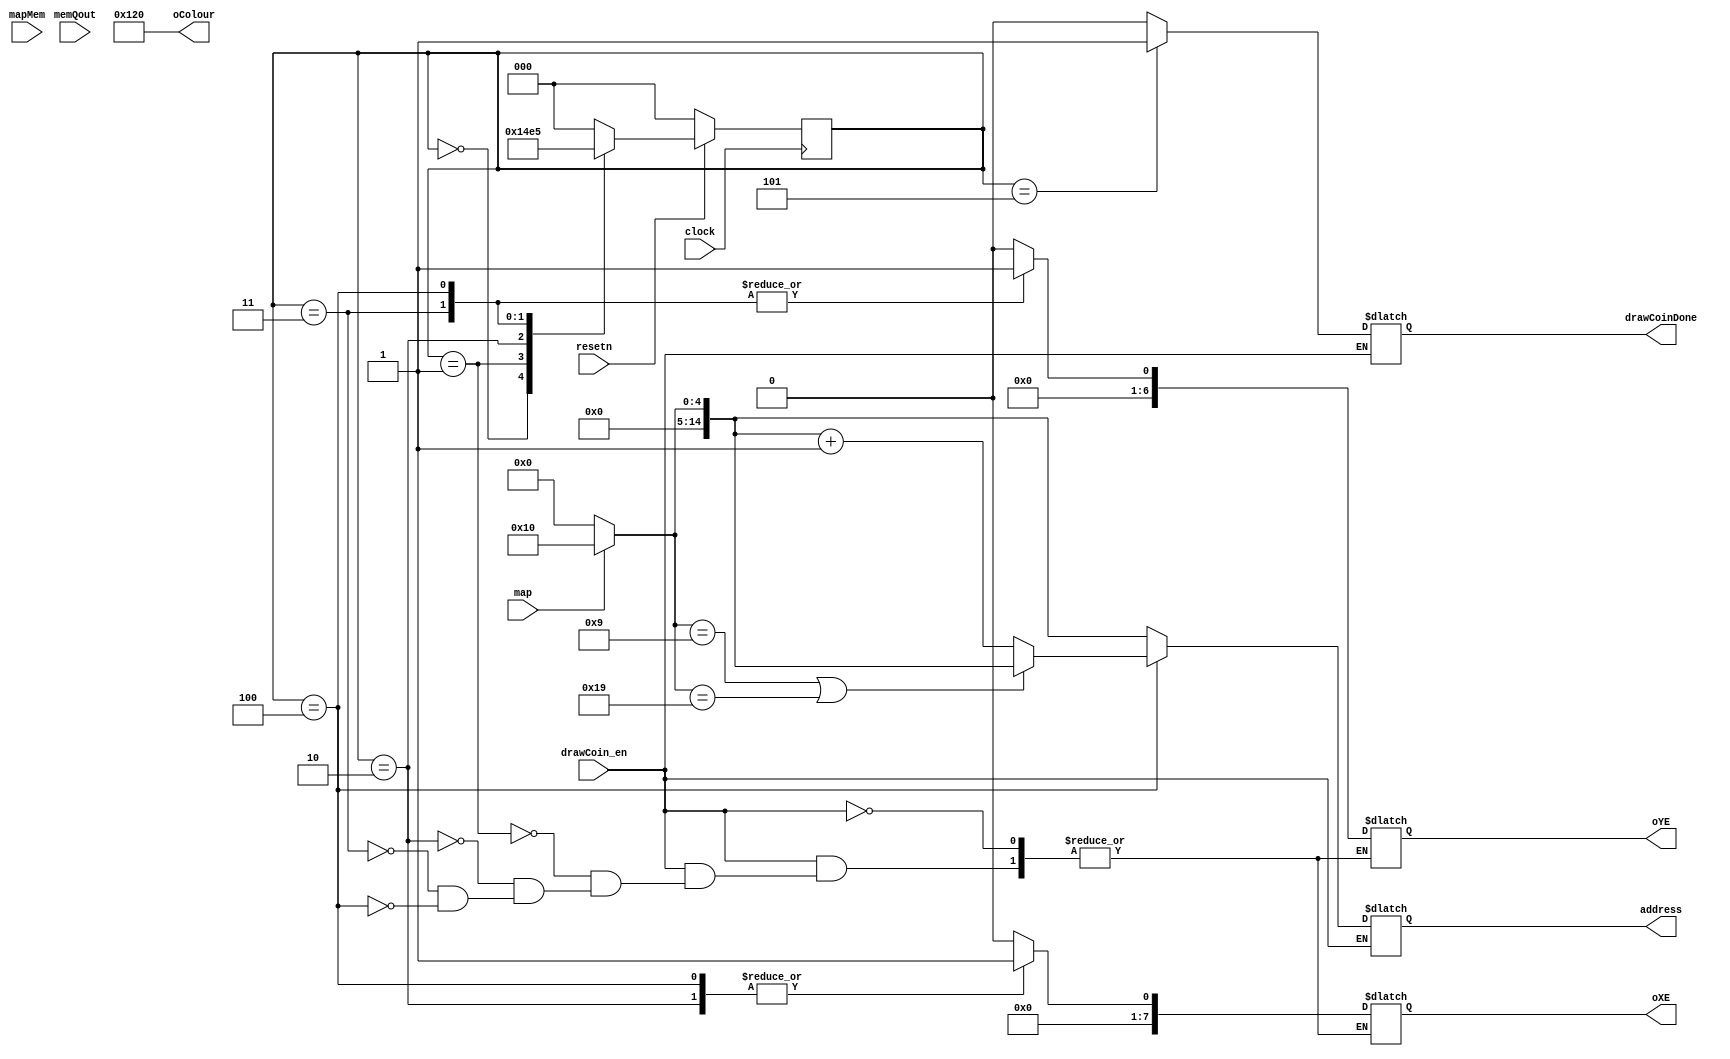
module drawCoins(
  input clock,
  input resetn,
  input drawCoin_en, //active positive, from pointcounter
  input [31:0] mapMem,//x,y color
  input [15:0] memQout, //from pointcounter, {exist, x, y}
  input map,//MAP1 or MAP2
  output reg [14:0] address,
  output reg drawCoinDone,
  output reg [7:0] oXE,
  output reg [6:0] oYE,
  output reg [8:0] oColour);

  reg [7:0] X;
  reg [6:0] Y;


  reg [2:0] current_state, next_state;
  localparam step1 = 3'b0,
            step2 = 3'd1,
            step3 = 3'd2,
            step4 = 3'd3,
            step5 = 3'd4,
            step6 = 3'd5;
            
  
  always@(*)
  begin: state_table
    case (current_state)
      step1: next_state = step2;
      step2: next_state = step3;
      step3: next_state = step4;
      step4: next_state = step5;
      step5: next_state = step6;
      step6: next_state = step1;

      default next_state = step1;
    endcase
  end


  always @(*)
  begin: do_stuff
        X = {8{1'b0}};
        Y = {7{1'b0}};
        oColour = 9'b100100000;
    if(drawCoin_en) begin
        if(!map)
          address = 5'b0;
        else address = 5'd16; //MAP2's coints
        drawCoinDone = 1'b0;
    case (current_state)
      step1: begin
        X = memQout[14:7];
        Y = memQout[6:0];
        address = address;
      end
      step2: begin
        oXE = X;
        oYE = Y;
        address = address;
      end
      step3: begin
        oXE = X+1;
        oYE = Y;
        address = address;

      end
      step4: begin
        oXE = X;
        oYE = Y+1;
        address = address;

      end
      step5: begin
        oXE = X+1;
        oYE = Y+1;
        if((address == 5'd9 )|(address == 5'd25))begin
      
          if(!map)
            address = 5'b0;
          else address = 5'd16; //MAP2's coints
        end
        else
          address = address+1'b1;
      end
      step6: drawCoinDone = 1'b1;
        
    endcase
    end
  end

  always@(posedge clock)
    begin: state_FFs
        if(!resetn)
            current_state <= step1;
        else
            current_state <= next_state;
    end // state_FFS
endmodule